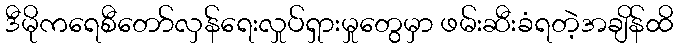
ဒီမိုကရေစီတော်လှန်ရေးလှုပ်ရှားမှုတွေမှာ ဖမ်းဆီးခံရတဲ့အချိန်ထိ